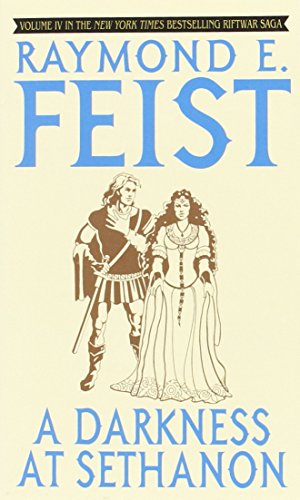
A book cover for A Darkness at Sethanon (The Riftwar Saga, Vol. 4); Raymond Feist; Science Fiction & Fantasy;